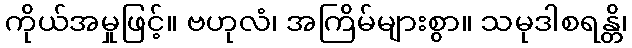
ကိုယ်အမှုဖြင့်။ ဗဟုလံ၊ အကြိမ်များစွာ။ သမုဒါစရန္တိ၊